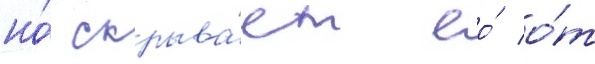
но́ скрыва́ет ео́ о́т